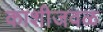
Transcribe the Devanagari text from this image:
काशीजवळ